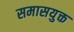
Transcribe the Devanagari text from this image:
समासयुक्त